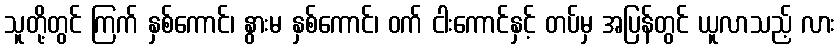
သူတို့တွင် ကြက် နှစ်ကောင်၊ နွားမ နှစ်ကောင်၊ ဝက် ငါးကောင်နှင့် တပ်မှ အပြန်တွင် ယူလာသည့် လား